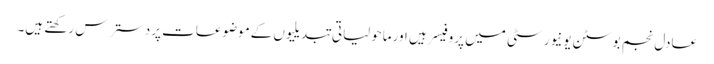
عادل نجم بوسٹن یونیورسٹی میں پروفیسر ہیں اورماحولیاتی تبدیلیوں کےموضوعات پردسترس رکھتے ہیں۔